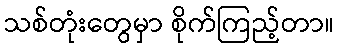
သစ်တုံးတွေမှာ စိုက်ကြည့်တာ။